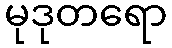
မုဒုတရော